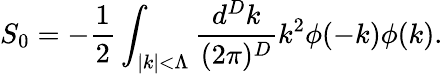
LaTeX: S_{0}=-\frac{1}{2}\int_{|k|<\Lambda}\frac{d^{D}k}{(2\pi)^{D}}k^{2}\phi(-k)\phi(k).